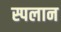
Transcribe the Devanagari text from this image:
स्पलान